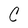
Character: O